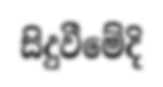
සිදුවීමේදි